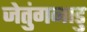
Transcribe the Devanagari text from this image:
जेतुंगनाडु